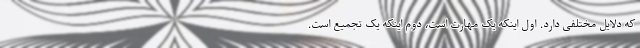
که دلایل مختلفی دارد. اول اینکه یک مهارت است، دوم اینکه یک تجمیع است.